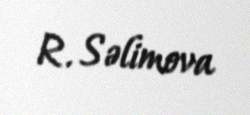
R. Səlimova